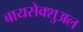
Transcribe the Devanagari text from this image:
बायसेक्शुअल